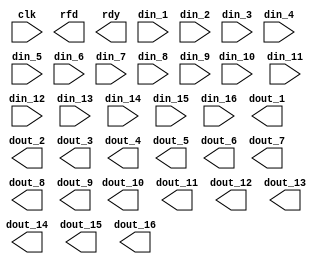
module FIR(
	clk,
	rfd,
	rdy,
	din_1,
	din_2,
	din_3,
	din_4,
	din_5,
	din_6,
	din_7,
	din_8,
	din_9,
	din_10,
	din_11,
	din_12,
	din_13,
	din_14,
	din_15,
	din_16,
	dout_1,
	dout_2,
	dout_3,
	dout_4,
	dout_5,
	dout_6,
	dout_7,
	dout_8,
	dout_9,
	dout_10,
	dout_11,
	dout_12,
	dout_13,
	dout_14,
	dout_15,
	dout_16);


input clk;
output rfd;
output rdy;
input [15 : 0] din_1;
input [15 : 0] din_2;
input [15 : 0] din_3;
input [15 : 0] din_4;
input [15 : 0] din_5;
input [15 : 0] din_6;
input [15 : 0] din_7;
input [15 : 0] din_8;
input [15 : 0] din_9;
input [15 : 0] din_10;
input [15 : 0] din_11;
input [15 : 0] din_12;
input [15 : 0] din_13;
input [15 : 0] din_14;
input [15 : 0] din_15;
input [15 : 0] din_16;
output [15 : 0] dout_1;
output [15 : 0] dout_2;
output [15 : 0] dout_3;
output [15 : 0] dout_4;
output [15 : 0] dout_5;
output [15 : 0] dout_6;
output [15 : 0] dout_7;
output [15 : 0] dout_8;
output [15 : 0] dout_9;
output [15 : 0] dout_10;
output [15 : 0] dout_11;
output [15 : 0] dout_12;
output [15 : 0] dout_13;
output [15 : 0] dout_14;
output [15 : 0] dout_15;
output [15 : 0] dout_16;

// synthesis translate_off

      FIR_COMPILER_V5_0 #(
		.ACCUM_WIDTH(34),
		.ALLOW_APPROX(0),
		.CHAN_IN_ADV(0),
		.CHAN_SEL_WIDTH(1),
		.CLOCK_FREQ(20000000),
		.COEF_MEMTYPE(0),
		.COEF_RELOAD(0),
		.COEF_TYPE(0),
		.COEF_WIDTH(16),
		.COL_CONFIG("48,44,36"),
		.COL_MODE(1),
		.COL_PIPE_LEN(4),
		.C_COMPONENT_NAME("FIR"),
		.C_FAMILY("spartan6"),
		.C_HAS_CE(0),
		.C_HAS_DATA_VALID(0),
		.C_HAS_ND(0),
		.C_HAS_SCLR(0),
		.C_LATENCY(143),
		.C_MEM_INIT_FILE("FIR.mif"),
		.C_OPTIMIZATION(1),
		.C_XDEVICEFAMILY("spartan6"),
		.DATAPATH_MEMTYPE(0),
		.DATA_MEMTYPE(0),
		.DATA_TYPE(0),
		.DATA_WIDTH(16),
		.DECIM_RATE(1),
		.FILTER_ARCH(1),
		.FILTER_SEL_WIDTH(1),
		.FILTER_TYPE(0),
		.INTERP_RATE(1),
		.IPBUFF_MEMTYPE(0),
		.NEG_SYMMETRY(0),
		.NUM_CHANNELS(1),
		.NUM_FILTS(1),
		.NUM_PATHS(16),
		.NUM_TAPS(128),
		.ODD_SYMMETRY(0),
		.OPBUFF_MEMTYPE(0),
		.OUTPUT_REG(1),
		.OUTPUT_WIDTH(16),
		.RATE_CHANGE_TYPE(0),
		.ROUND_MODE(1),
		.SAMPLE_FREQ(20000000),
		.SCLR_DETERMINISTIC(0),
		.SYMMETRY(0),
		.ZERO_PACKING_FACTOR(1))
	inst (
		.CLK(clk),
		.RFD(rfd),
		.RDY(rdy),
		.DIN_1(din_1),
		.DIN_2(din_2),
		.DIN_3(din_3),
		.DIN_4(din_4),
		.DIN_5(din_5),
		.DIN_6(din_6),
		.DIN_7(din_7),
		.DIN_8(din_8),
		.DIN_9(din_9),
		.DIN_10(din_10),
		.DIN_11(din_11),
		.DIN_12(din_12),
		.DIN_13(din_13),
		.DIN_14(din_14),
		.DIN_15(din_15),
		.DIN_16(din_16),
		.DOUT_1(dout_1),
		.DOUT_2(dout_2),
		.DOUT_3(dout_3),
		.DOUT_4(dout_4),
		.DOUT_5(dout_5),
		.DOUT_6(dout_6),
		.DOUT_7(dout_7),
		.DOUT_8(dout_8),
		.DOUT_9(dout_9),
		.DOUT_10(dout_10),
		.DOUT_11(dout_11),
		.DOUT_12(dout_12),
		.DOUT_13(dout_13),
		.DOUT_14(dout_14),
		.DOUT_15(dout_15),
		.DOUT_16(dout_16),
		.SCLR(),
		.CE(),
		.ND(),
		.FILTER_SEL(),
		.COEF_LD(),
		.COEF_WE(),
		.COEF_DIN(),
		.COEF_FILTER_SEL(),
		.DATA_VALID(),
		.CHAN_IN(),
		.CHAN_OUT(),
		.DIN(),
		.DOUT(),
		.DOUT_I(),
		.DOUT_Q(),
		.DOUT_I_1(),
		.DOUT_Q_1(),
		.DOUT_I_2(),
		.DOUT_Q_2(),
		.DOUT_I_3(),
		.DOUT_Q_3(),
		.DOUT_I_4(),
		.DOUT_Q_4(),
		.DOUT_I_5(),
		.DOUT_Q_5(),
		.DOUT_I_6(),
		.DOUT_Q_6(),
		.DOUT_I_7(),
		.DOUT_Q_7(),
		.DOUT_I_8(),
		.DOUT_Q_8(),
		.DOUT_I_9(),
		.DOUT_Q_9(),
		.DOUT_I_10(),
		.DOUT_Q_10(),
		.DOUT_I_11(),
		.DOUT_Q_11(),
		.DOUT_I_12(),
		.DOUT_Q_12(),
		.DOUT_I_13(),
		.DOUT_Q_13(),
		.DOUT_I_14(),
		.DOUT_Q_14(),
		.DOUT_I_15(),
		.DOUT_Q_15(),
		.DOUT_I_16(),
		.DOUT_Q_16());


// synthesis translate_on

endmodule